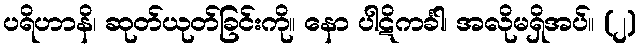
ပရိဟာနိ၊ ဆုတ်ယုတ်ခြင်းကို။ နော ပါဋိကင်္ခါ၊ အလိုမရှိအပ်။ (၂)